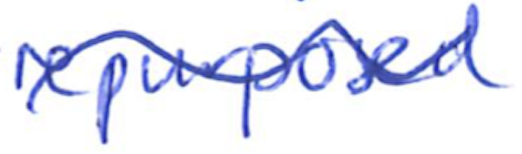
Text: repurposed
Cross-out: mix
Writing tool: ballpoint